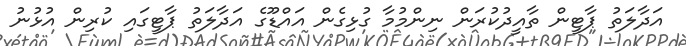
އަދާލަތު ޕާޓީން ތާއީދުކުރަން ނިންމުމާ ގުޅިގެން އައްޑޫގެ އަދާލަތު ޕާޓީގައި ކުރިން އުޅުނު